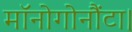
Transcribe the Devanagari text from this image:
मॉनोगोनौंटा।